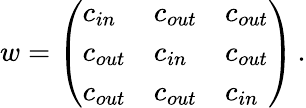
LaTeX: w=\left(\begin{array}{lll}{c_{in}}&{c_{out}}&{c_{out}}\\ {c_{out}}&{c_{in}}&{c_{out}}\\ {c_{out}}&{c_{out}}&{c_{in}}\end{array}\right)\, .